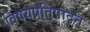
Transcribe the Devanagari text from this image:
विषयप्रतिपादन